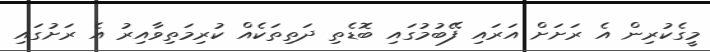
މީގެކުރިން އެ ރަށަށް އަރައި ފޭބުމުގައި ބޮޑެތި ދަތިތަކެއް ކުރިމަތިވާއިރު އެ ރަށުގައި